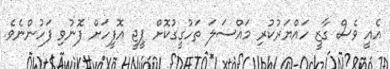
އެއީ ވެސް ގާޒީ ހައްޔަރުކުރި މައްސަލަ ތަހުގީގުކޮށް ޕީޖީ އޮފީހަށް ފޮނުވި ފަހުންނެވެ.